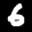
Label: 6